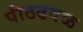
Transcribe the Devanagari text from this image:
पीठढवळ